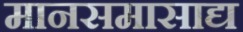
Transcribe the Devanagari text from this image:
मानसमासाद्य